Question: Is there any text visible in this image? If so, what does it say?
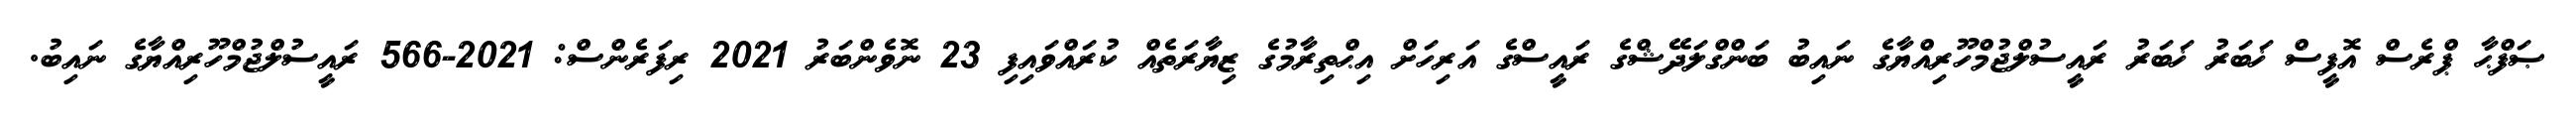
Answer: ޞަފްޙާ ޕްރެސް އޮފީސް ޚަބަރު ޚަބަރު ރައީސުލްޖުމްހޫރިއްޔާގެ ނައިބު ބަންގްލަދޭޝްގެ ރައީސްގެ އަރިހަށް އިޙްތިރާމުގެ ޒިޔާރަތެއް ކުރައްވައިފި 23 ނޮވެންބަރު 2021 ރިފަރެންސް: 2021-566 ރައީސުލްޖުމްހޫރިއްޔާގެ ނައިބު.